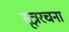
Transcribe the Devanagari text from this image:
सूत्ररचना